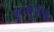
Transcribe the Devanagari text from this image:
फुरसुंगीचे